Indian journal of veterinary science and animal husbandry - Volume 9,
Year: 1939
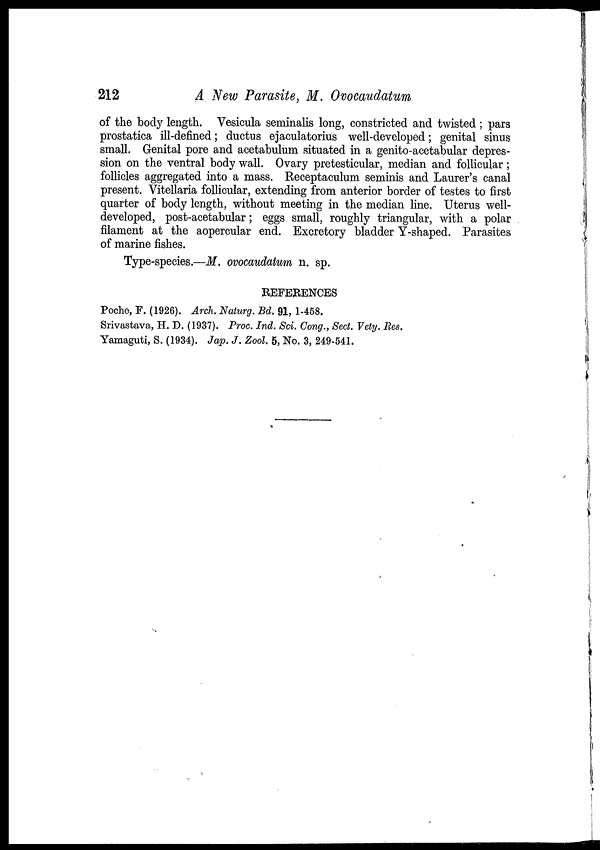
212
A New Parasite, M. Ovocaudatum
of the body length. Vesicula seminalis long, constricted and twisted ; pars
prostatica ill-defined; ductus ejaculatorius well-developed; genital sinus
small. Genital pore and acetabulum situated in a genito-acetabular depres-
sion on the ventral body wall. Ovary pretesticular, median and follicular ;
follicles aggregated into a mass. Receptaculum seminis and Laurer's canal
present. Vitellaria follicular, extending from anterior border of testes to first
quarter of body length, without meeting in the median line. Uterus well-
developed, post-acetabular; eggs small, roughly triangular, with a polar
filament at the aopercular end. Excretory bladder Y-shaped. Parasites
of marine fishes.
Type-species.—M. ovocaudatum n. sp.
REFERENCES
Poche, F. (1926). Arch. Naturg. Bd. 91, 1-458.
Srivastava, H. D. (1937). Proc. Ind. Sci. Cong., Sect. Vety. Res.
Yamaguti, S. (1934). Jap. J. Zool. 5, No. 3, 249-541.